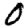
Digit: 0